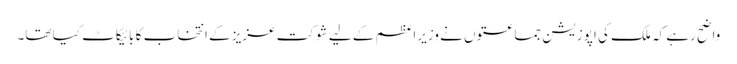
واضح رہے کہ ملک کی اپوزیشن جماعتوں نے وزیراعظم کے لیے شوکت عزیز کے انتخاب کا بائیکاٹ کیا تھا۔